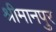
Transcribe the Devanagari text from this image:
श्रीमानपुर